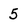
Character: 5